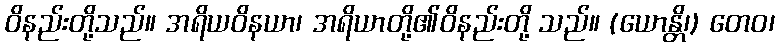
ဝိနည်းတို့သည်။ အရိယဝိနယာ၊ အရိယာတို့၏ဝိနည်းတို့ သည်။ (ယောန္တိ၊) တေဝ၊